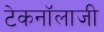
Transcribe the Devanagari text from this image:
टेकनॉलाजी